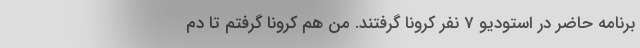
برنامه حاضر در استودیو 7 نفر کرونا گرفتند. من هم کرونا گرفتم تا دم